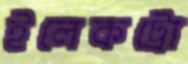
ইলেকট্রো